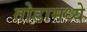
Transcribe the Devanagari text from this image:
तोडामध्ये